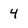
Character: 4